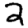
Digit: 2